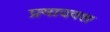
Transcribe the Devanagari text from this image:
प्रमादवश